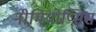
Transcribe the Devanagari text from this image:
नीमियोप्सिस